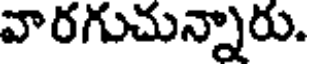
వారగుచున్నారు.